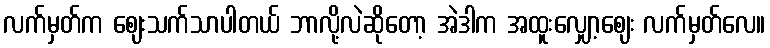
လက်မှတ်က ဈေးသက်သာပါတယ် ဘာလို့လဲဆိုတော့ အဲဒါက အထူးလျှော့ဈေး လက်မှတ်လေ။